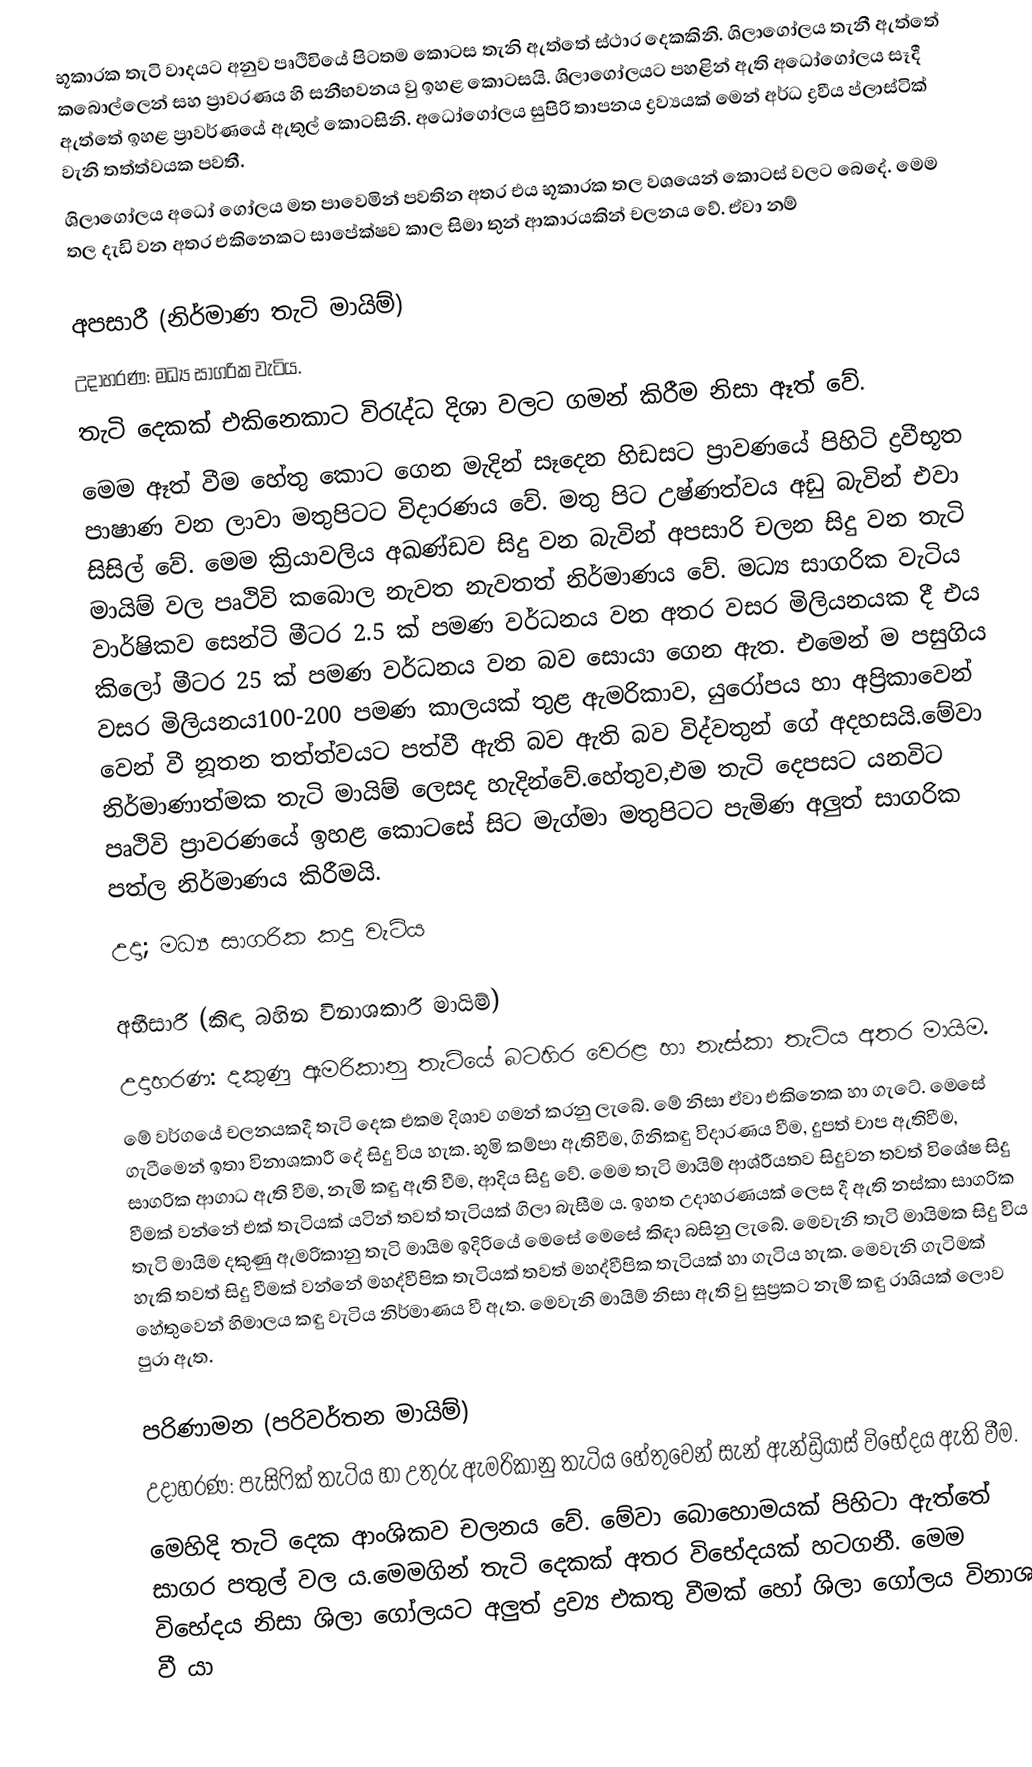
භූකාරක තැටි වාදයට අනුව පෘථිවියේ පිටතම කොටස තැනි ඇත්තේ ස්ථාර දෙකකිනි. ශිලාගෝලය තැනී ඇත්තේ ‍කබොල්ලෙන් සහ ප්‍රාවරණය හි සනීභවනය වු ඉහළ කොටසයි. ශිලාගෝලයට පහළින් ඇති අධෝගෝලය සෑදී ඇත්තේ ඉහළ ප්‍රාවර්ණයේ ඇතුල් කොටසිනි. අධෝ‍ගෝලය සුපිරි තාපනය ද්‍රව්‍යයක් මෙන් අර්ධ ද්‍රවීය ප්ලාස්ටික් වැනි තත්ත්වයක පවතී.
ශිලාගෝලය අධෝ ගෝලය මත පාවෙමින් පවතින අතර එය භූකාරක තල වශයෙන් කොටස් වලට බෙදේ. මෙම තල දැඩි වන අතර එකිනෙකට සාපේක්ෂව කාල සිමා තුන් ආකාරයකින් චලනය වේ. ඒවා නම්

අපසාරී (නිර්මාණ තැටි මායිම්)
උදාහරණ: මධ්‍ය සාගරික වැටිය.
තැටි දෙකක් එකිනෙකාට විරැද්ධ දිශා වලට ගමන් කිරීම නිසා ඈත් වේ.
මෙම ඈත් වීම හේතු කොට ගෙන මැදින් සෑදෙන හිඩසට ප්‍රාවණයේ පිහිටි ද්‍රවීභූත පාෂාණ වන ලාවා මතුපිටට විදාරණය වේ. මතු පිට උෂ්ණත්වය අඩු බැවින් එවා සිසිල් වේ. මෙම ක්‍රියාවලිය අඛණ්ඩව සිදු වන බැවින් අපසාරි චලන සිදු වන තැටි මායිම් වල පෘථිවි කබොල නැවත නැවතත් නිර්මාණය වේ. මධ්‍ය  සාගරික වැටිය වාර්ෂිකව සෙන්ටි මීටර 2.5 ක් පමණ වර්ධනය වන අතර වසර මිලියනයක දී එය කිලෝ මීටර 25 ක් පමණ වර්ධනය වන බව සොයා ගෙන ඇත. එමෙන් ම පසුගිය වසර මිලියනය100-200 පමණ කාලයක් තුළ  ඇමරිකාව, යුරෝපය හා අප්‍රිකාවෙන් වෙන් වී නූතන තත්ත්වයට පත්වී ඇති බව ඇති බව විද්වතුන් ගේ අදහසයි.මේවා නිර්මාණාත්මක තැටි මායිම් ලෙසද හැදින්වේ.හේතුව,එම තැටි දෙපසට යනවිට පෘථිවි ප්‍රාවරණයේ ඉහළ කොටසේ සිට මැග්මා මතුපිටට පැමිණ අලුත් සාගරික පත්ල නිර්මාණය කිරීමයි.
         උදා; මධ්‍ය සාගරික කදු වැටිය

අභීසාරී (කිඳා බහින විනාශකාරී මායිම්)
උදාහරණ: දකුණු ඇමරිකානු තැටියේ බටහිර වෙරළ හා නැස්කා තැටිය අතර මායිම.
මේ වර්ගයේ චලනයකදී තැටි දෙක එකම දිශාව ගමන් කරනු ලැබේ. මේ නිසා ඒවා	එකිනෙක හා ගැටේ. මෙසේ ගැටීමෙන් ඉතා විනාශකාරී දේ සිදු විය හැක. භූමි කම්පා ඇතිවීම, ගිනිකඳු විදාරණය වීම, දුපත් චාප ඇතිවීම, සාගරික ආගාධ ඇති වීම, නැමි කඳු ඇති වීම, ආදිය සිදු වේ. මෙම තැටි මායිම් ආශ්රීයතව සිදුවන තවත් විශේෂ සිදු වීමක් වන්නේ එක් තැටියක් යටින් තවත් තැටියක් ගිලා බැසීම ය. ඉහත උදාහරණයක් ලෙස දී ඇති නස්කා සාගරික තැටි මායිම දකුණු ඇමරිකානු තැටි මායිම ඉදිරියේ මෙසේ  මෙසේ කිඳා බසිනු ලැබේ. මෙවැනි තැටි මායිමක සිදු විය හැකි තවත් සිදු වීමක් වන්නේ මහද්වීපික තැටියක් තවත් මහද්වීපික තැටියක් හා ගැටිය හැක. මෙවැනි ගැටිමක් හේතුවෙන් හිමාලය කඳු වැටිය නිර්මාණය වී ඇත. මෙවැනි  මායිම් නිසා ඇති වු  සුප්‍රකට නැමි කඳු රාශියක් ලොව පුරා ඇත.

පරිණාමන (පරිවර්තන මායිම්)
උදාහරණ: පැසිෆික් තැටිය හා උතුරු ඇමරිකානු තැටිය හේතුවෙන් සැන් ඇන්ඩ්‍රියාස් විභේදය ඇති වීම.
මෙහිදි තැටි දෙක ආංශිකව චලනය වේ. මේවා බොහොමයක්  පිහිටා ඇත්තේ සාගර පතුල් වල ය.මෙමගින් තැටි දෙකක් අතර විභේදයක් හටගනී. මෙම විභේදය නිසා ශිලා ගෝලයට අලුත් ද්‍රව්‍ය එකතු වීමක් හෝ ශිලා ගෝලය විනාශ වී යා